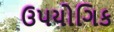
ઉપયોગિક